Civil Veterinary Dept. Bombay admin report 1893-99 - 1893-1899
Year: 1893
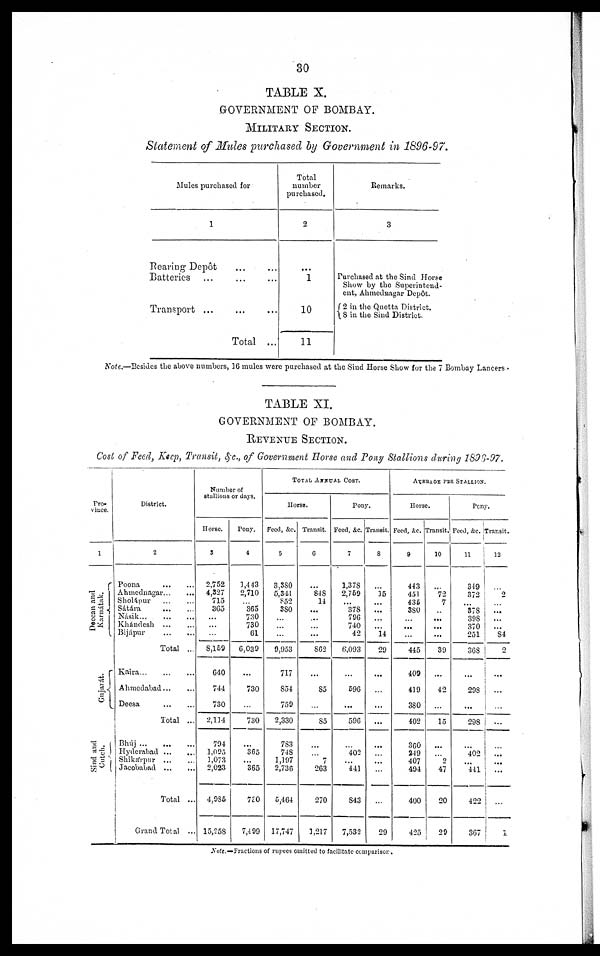
30
TABLE X.
GOVERNMENT OF BOMBAY.
MILITARY SECTION.
Statement of Mules purchased by Government in 1896-97.
Mules purchased for
1
Rearing Depôt ... ...
Batteries ... ... ...
Transport
...
...
...
Total ...
Total
number
purchased.
2
...
1
10
11
Remarks.
3
Purchased at the Sind Horse
Show by the Superintend-
ent, Ahmednagar Depôt.
2 in the Quetta District.
8 in the Sind District.
Note.—Resides the above numbers, 16 mules were purchased at the Sind Horse Show for the 7 Bombay Lancers
TABLE XI.
GOVERNMENT OF BOMBAY.
REVENUE SECTION.
Cost of Feed, Keep, Transit, &c, of Government Horse and Pony Stallions during 1896-97.
Pro-
vince.
1
Deccan and
Karnátak.
Gujarát.
Sind and Cutch.
District.
2
Poona
...
...
Ahmednagar...
...
Sholápur
...
...
Sátára
...
...
Násik...
...
...
Khándesh
...
...
Bijápur
...
...
Total ...
Kaira...
...
...
Ahmedabad...
...
Deesa
...
...
Total ...
Bhúj ... ... ...
Hyderabad
...
...
Shikarpur ... ...
Jacobabad
...
...
Total ..
Grand Total ..
Number of
stallions or days.
Horse.
3
2,752
4,327
715
365
...
...
...
8,159
640
744
730
2,114
704
1,095
1,073
2,023
4,985
15,258
Pony.
4
1,443
2,710
...
365
730
730
61
6,030
...
730
...
730
...
365
...
365
730
7,499
TOTAL ANNUAL COST.
Horse.
Feed, &c.
5
3,380
5,341
852
380
...
...
...
9,053
717
854
759
2,330
783
748
1,197
2,736
5,464
17,747
Transit.
6
...
848
14
...
...
...
...
862
...
85
...
85
...
...
7
263
270
1,217
Pony.
Feed, &c.
7
1,378
2,769
...
378
796
740
42
6,093
...
596
...
596
...
402
...
441
843
7,532
Transit.
8
...
15
...
...
...
...
14
29
...
...
...
...
...
...
...
...
...
29
AVERAGE PER STALLION.
Horse.
Feed, &c.
9
443
451
435
380
...
...
...
445
409
419
380
402
360
249
407
494
400
425
Transit.
10
...
72
7
...
...
...
...
39
...
42
...
15
...
...
2
47
20
29
Pony.
Feed, &c.
11
349
372
...
378
398
370
251
368
...
298
...
298
...
402
...
441
422
367
Transit.
12
...
2
...
...
...
84
2
...
...
...
...
...
...
...
...
...
1
Note.—Fractions of rupees omitted to facilitate comparison.